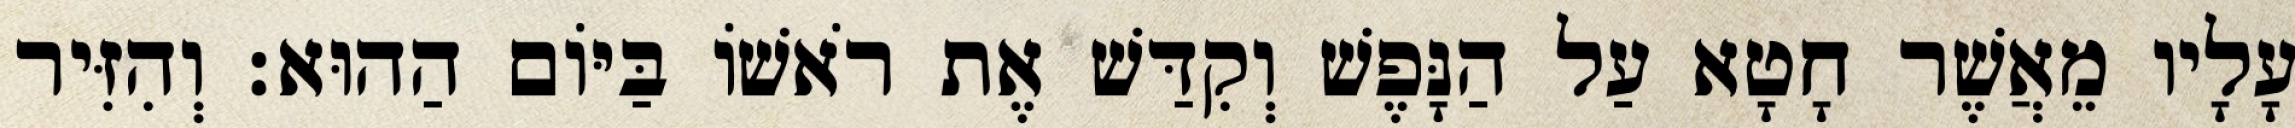
עָלָיו מֵאֲשֶׁר חָטָא עַל הַנָּפֶשׁ וְקִדַּשׁ אֶת רֹאשׁוֹ בַּיּוֹם הַהוּא׃ וְהִזִּיר